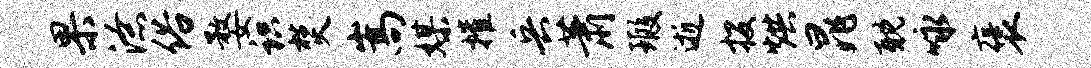
果潦俗婺识焚嵩媒摧兵萧瑕逝投烘晁耽咏褒